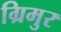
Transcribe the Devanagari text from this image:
ग्रिमुर